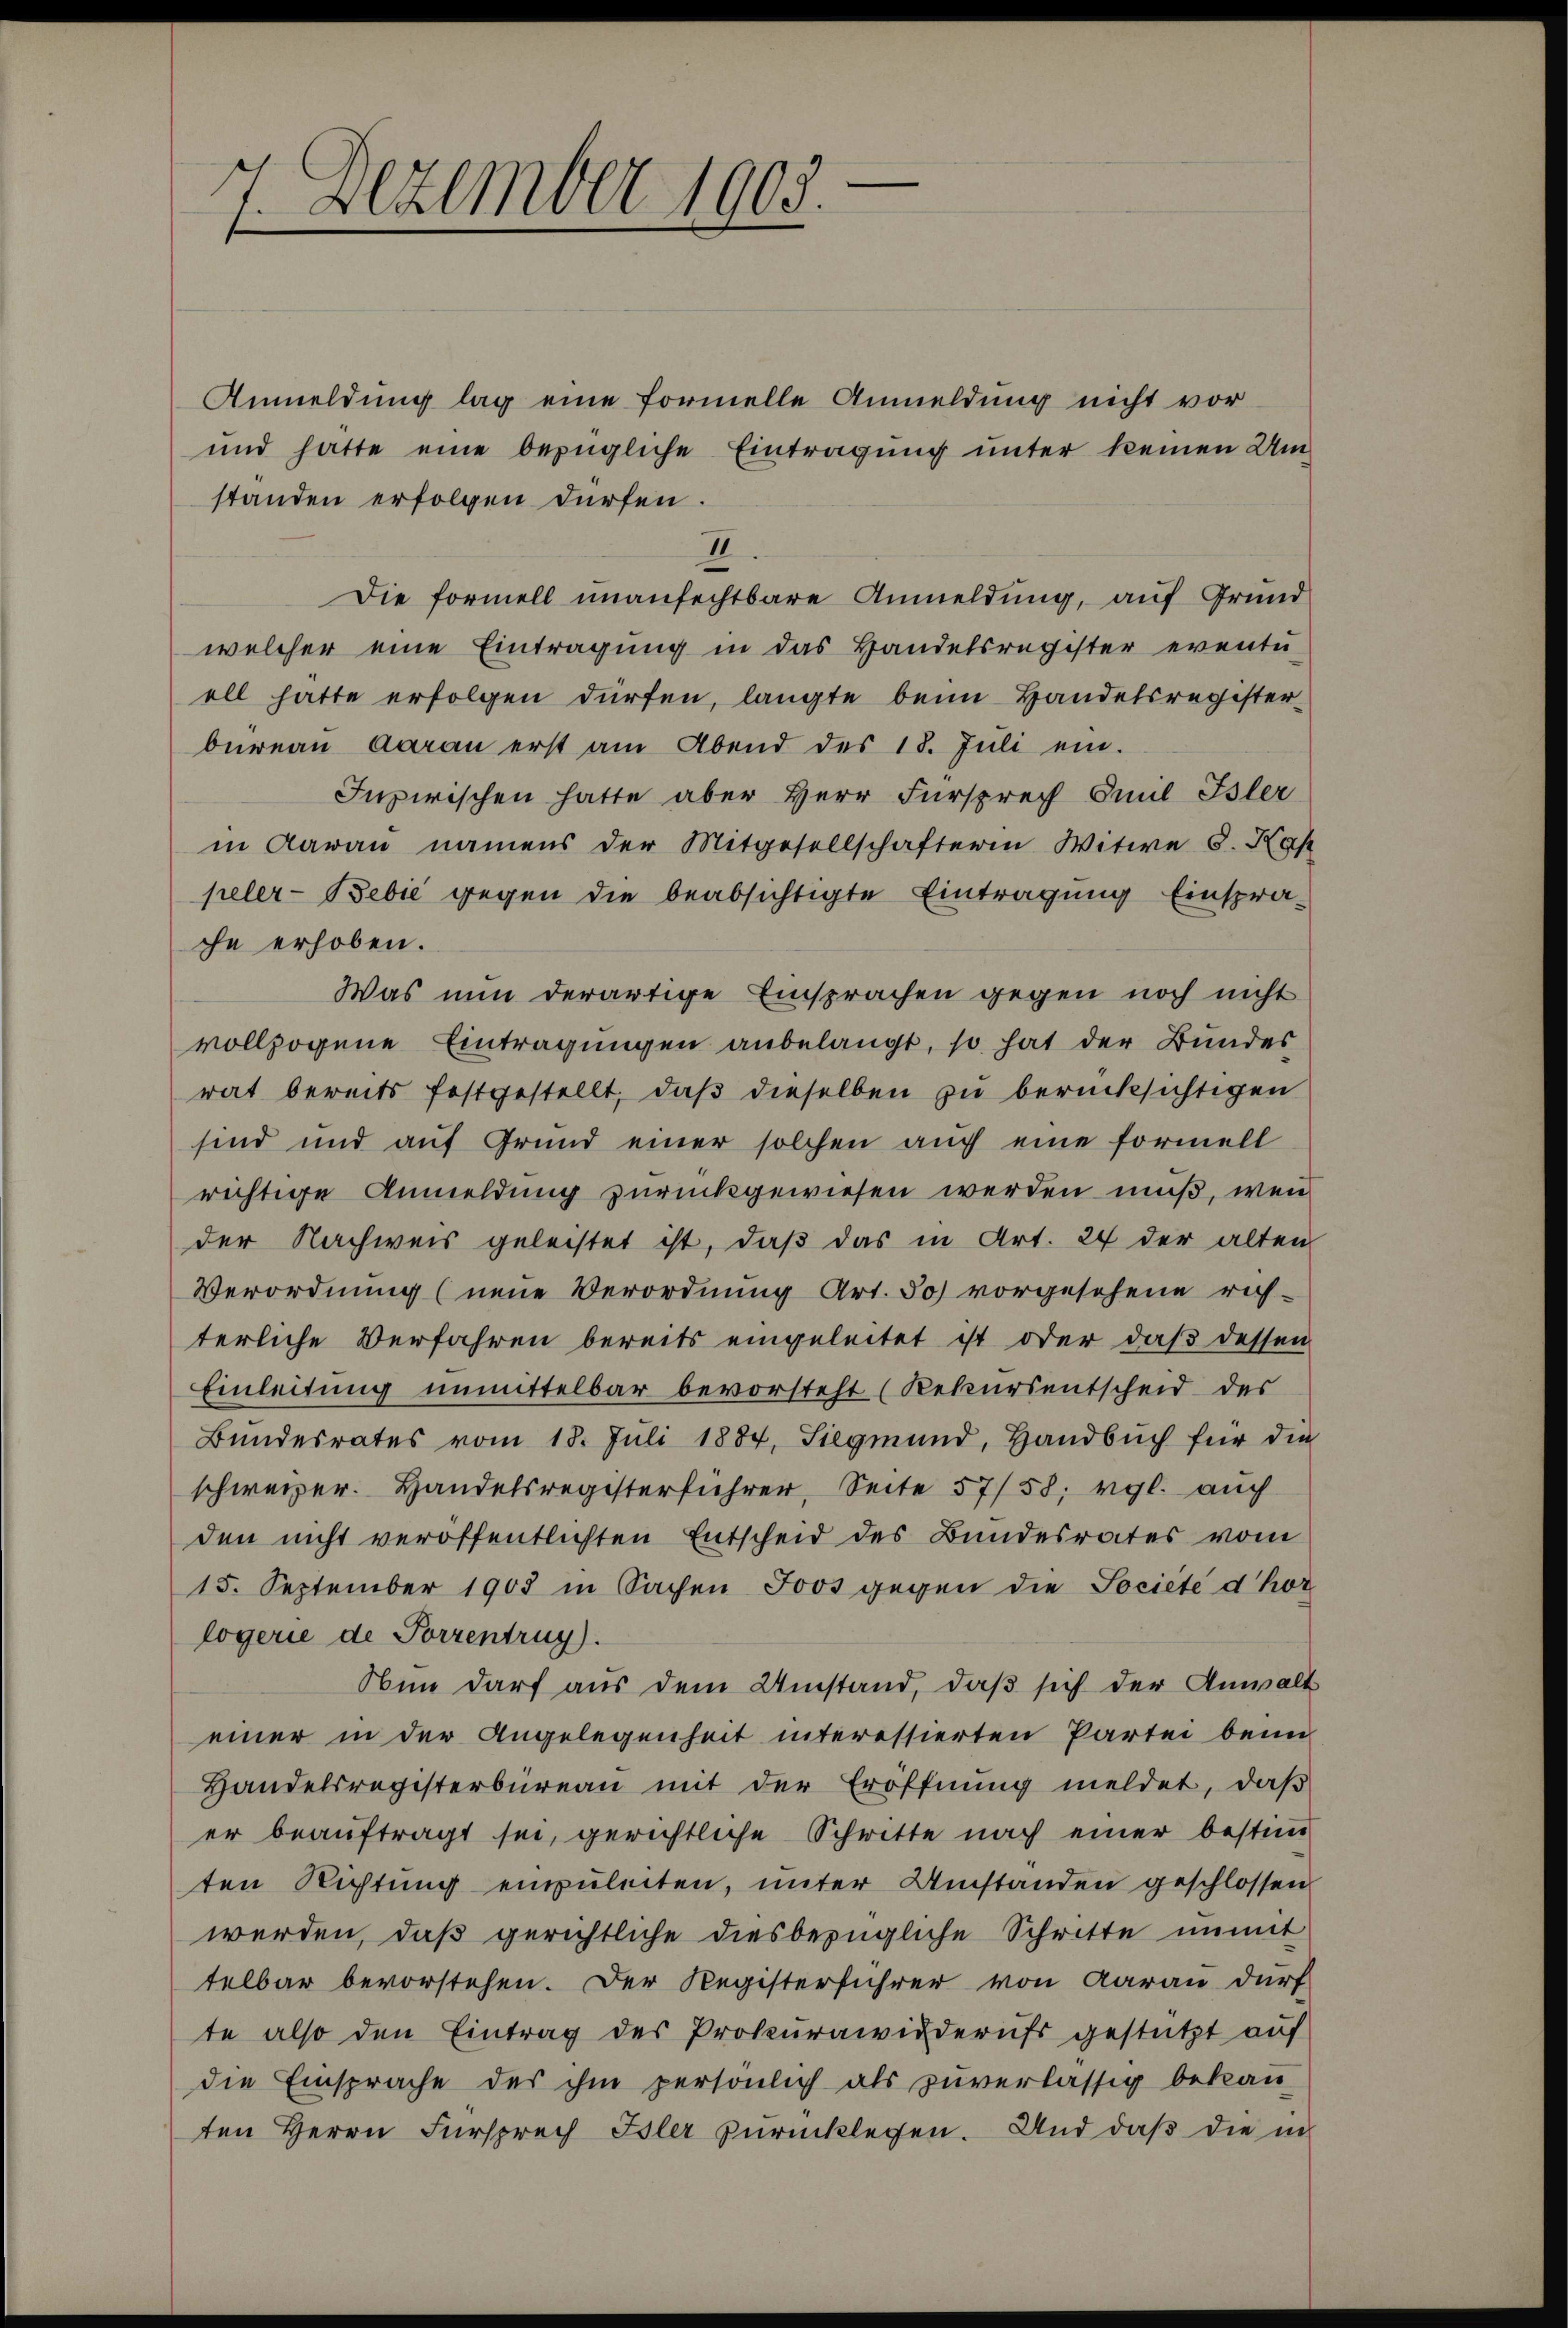
7. Dezember 1905

Anmeldung lag eine formelle Anmeldung nicht vor
und hätte eine bezügliche Eintragung unter keinen Umständen erfolgen dürfen.
II
Die formell unanfechtbare Anmeldung, auf Grund
welcher eine Eintragung in das Handelsregister eventŭ-
ell hatte erfolgen dürfen, langte beim Handelsregisterbüreau daran erst am Abend des 18. Jŭli ein.
Jupirischen hatte aber Herr Fürsprech Emil Isler
in daran namens der Mitgesellschafterin Witwe S. Kap
peler- Bebić gegen die beabsichtigte Eintragung Einspra-
che erhoben.
Was nun derartige Einsprachen gegen noch nicht
vollzogene Eintragungen anbelangt, so hat der Bundes
rat bereits festgestellt, daß dieselben zu berücksichtigen
sind und auf Grund einer solchen auch eine formell
richtige Anmeldung zurückgewiesen werden muß, wenn
der Nachweis geleistet ist, daß das in Art. 24 der alten
Verordnung (neue Verordnung Art. 30) vorgesehene rich-
terliche Verfahren bereits eingeleitet ist oder daß dessen
Einleitung unmittelbar bevorsteht (Rekursentscheid des
Bŭndesrates vom 18. Jŭli 1884, Siegmund, Handbŭch für die
schweizer. Handelsregisterführer, Seite 57/58; vgl. auch
den nicht veröffentlichten Entscheid des Bundesrates vom
15. September 1903 in Sachen Joos gegen die Société d’hor
logerie de Porrentruy).
Oben darf aus dem Umstand, daß sich der Anwalt
einer in der Angelegenheit interessierten Partei beim
Handelsregisterbüreau mit der Eröffnung meldet, daß
er beauftragt sei, gerichtliche Schritte nach einer bestim
ten Richtung einzuleiten, unter Umstanden geschlossen
werden, daß gerichtliche diesbezügliche Schritte unmit
telbar bevorstehen. Der Registerführer von Aarau durf
te also den Eintrag des Prokurawiederufs gestützt auf
die Einsprache des ihm persönlich als zuverlässig bekan
ten Herrn Fürsprech Isler zurücklegen. Und daß die in